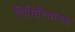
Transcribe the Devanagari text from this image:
लिसिनियानस